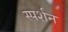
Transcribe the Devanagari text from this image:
स्पर्शन